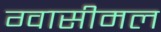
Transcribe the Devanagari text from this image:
ग्वासीमल